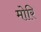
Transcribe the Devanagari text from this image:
मोरि